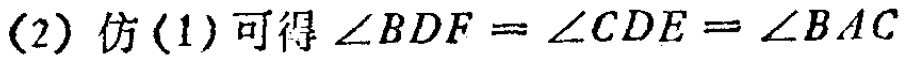
(2) 仿(1)可得\(\angle BDF=\angle CDE = \angle BAC\)